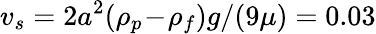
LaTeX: v_{s}=2a^{2}(\rho_{p}\! -\! \rho_{f})g/(9\mu)=0.03